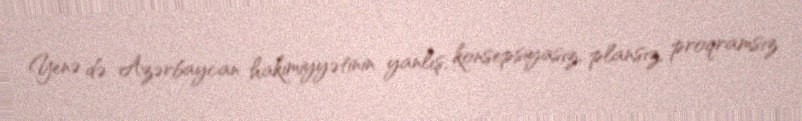
Yenə də Azərbaycan hakimiyyətinin yanlış, konsepsiyasız, plansız, proqramsız